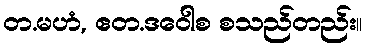
တ.မဟံ, ဧတ.ဒဝေါစ စသည်တည်း။